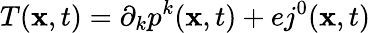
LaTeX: T({\mathbf x},t)=\partial_{k}p^{k}({\mathbf x},t)+ej^{0}({\mathbf x},t)